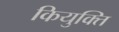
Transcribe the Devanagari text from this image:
कियुक्ति